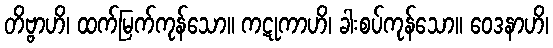
တိဗ္ဗာဟိ၊ ထက်မြက်ကုန်သော။ ကဋုကာဟိ၊ ခါးစပ်ကုန်သော။ ဝေဒနာဟိ၊